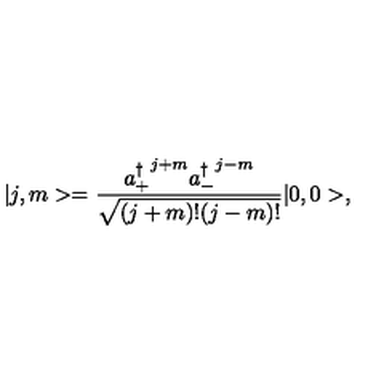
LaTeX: \vert j , m > = \frac { { a _ { + } ^ { \dagger } } ^ { j + m } { a _ { - } ^ { \dagger } } ^ { j - m } } { \sqrt { ( j + m ) ! ( j - m ) ! } } \vert 0 , 0 > ,